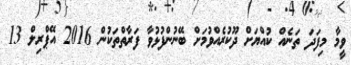
ވީމާ މިފަދަ ތަނެއް ކުއްޔަށް ދޫކުރެއްވުމަށް ބޭނުންފުޅުވާ ފަރާތްތަކުން 2016 އޭޕްރިލް 13